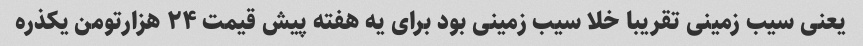
یعنی سیب زمینی تقریبا خلا سیب زمینی بود برای یه هفته پیش قیمت ۲۴ هزارتومن یکذره